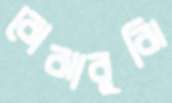
বোঝাবুঝি